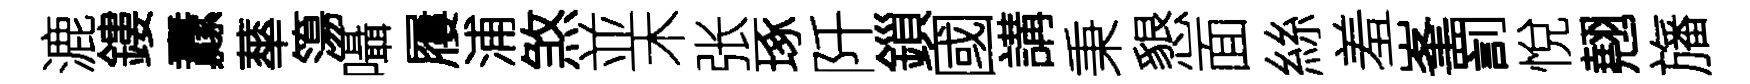
漉鏤纛蕐簜囁屨浦煞並木张琢阡鎻國講秉懇面絲羞峯罰悅翹旛